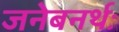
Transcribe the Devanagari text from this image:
जनेबनर्थः